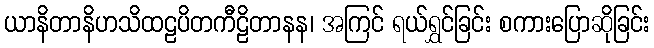
ယာနိတာနိဟသိထဠပိတကီဠိတာနန၊ အကြင် ရယ်ရွှင်ခြင်း စကားပြောဆိုခြင်း